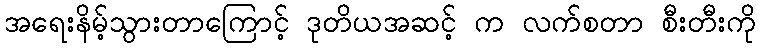
အရေးနိမ့်သွားတာကြောင့် ဒုတိယအဆင့် က လက်စတာ စီးတီးကို